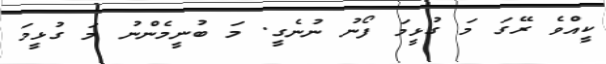
ކީއްވެ ރޭގަ މަ ގުޅީމަ ފޯނު ނުނެގީ. މަ ބުނީމެންނު މަ ގުޅީމަ